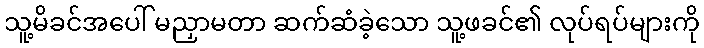
သူ့မိခင်အပေါ် မညှာမတာ ဆက်ဆံခဲ့သော သူ့ဖခင်၏ လုပ်ရပ်များကို